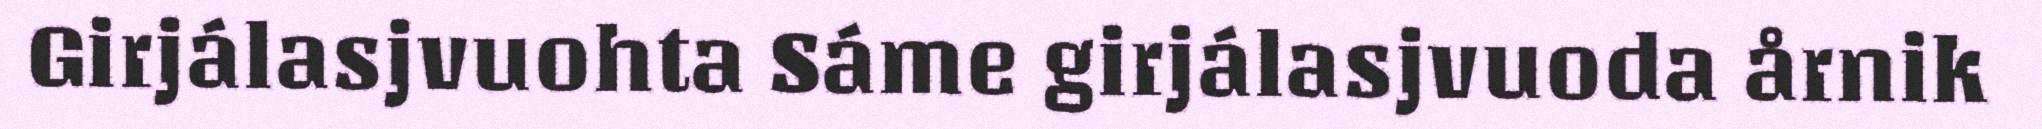
Girjálasjvuohta Sáme girjálasjvuoda årnik